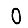
Digit: 0